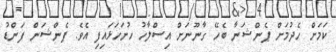
ކަމަށް ހެދުމަށް ޕެންޝަނާ ބެހޭ ގާނޫނަށް އިސްލާހު ހުށަހަޅައިފި އެވެ. ޕެންޝަން ފަންޑު